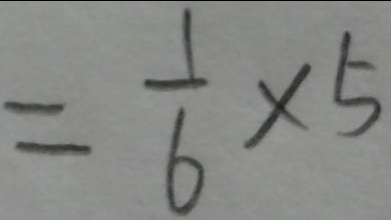
= \frac { 1 } { 6 } \times 5